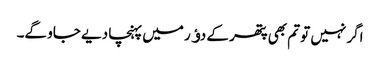
اگر نہیں تو تم بھی پتھر کے دﺅر میں پہنچا دیے جاو گے۔